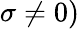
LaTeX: \sigma\neq 0)